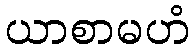
ယာစာမဟံ